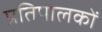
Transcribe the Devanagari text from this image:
प्रतिपालकों